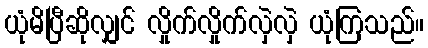
ယုံမိပြီဆိုလျှင် လှိုက်လှိုက်လှဲလှဲ ယုံကြသည်။